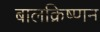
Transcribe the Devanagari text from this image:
बालक्रिष्णन